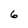
Character: 6